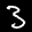
Label: 3